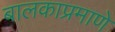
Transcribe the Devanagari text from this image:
बालकाप्रमाणे